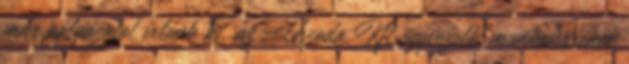
már pályázatot írtunk ki, az Uszoda Kft ügyvezetői munkakörének